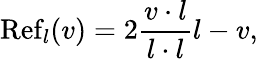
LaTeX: \operatorname{Ref}_{l}(v)=2{\frac{v\cdot l}{l\cdot l}}l-v,